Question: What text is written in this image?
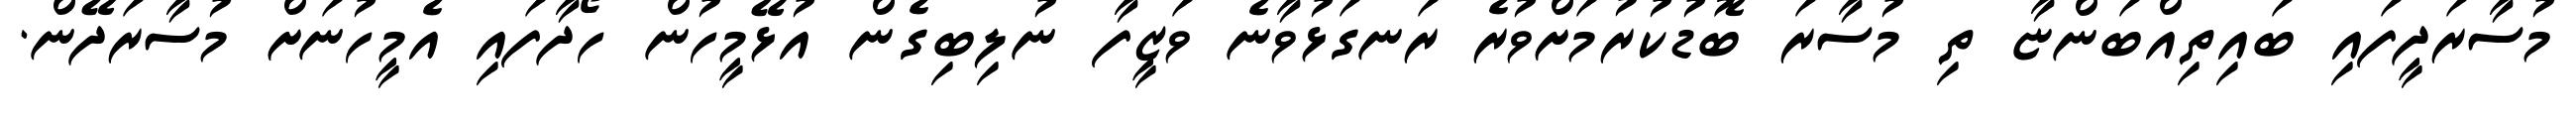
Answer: މުސާރަދީފައި ބައިތިއްބަންޏާ ތި މުސާރަ ބޮޑުކުރުމަށްވުރެ ރަނގަޅުވާނެ ވަޒީފާ ނުލިބިގެން އުޅޭމީހުން ހޯދާފައި އެމީހުނަށް މުސާރަދޭން.